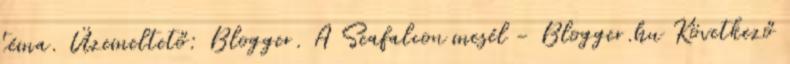
téma. Üzemeltető: Blogger. A Seafalcon mesél - Blogger.hu Következő